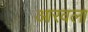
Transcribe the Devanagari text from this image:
आरवला